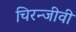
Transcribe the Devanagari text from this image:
चिरन्जीवी